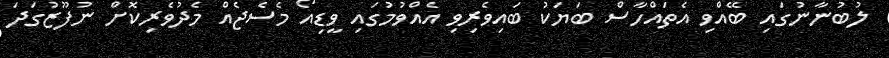
ލުބުނާނުގައި ބޭއްވި އެތައްހާސް ބަޔަކު ބައިވެރިވި އެއްވުމުގައި ވީޑިއޯ މެސެޖެއް މެދުވެރިކޮށް ނުފޫޒުގަދަ